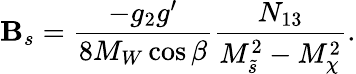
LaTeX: \mathbf{B}_{s}=\frac{{-g_{2}g^{\prime}}}{{8M_{W}\cos\beta}}\frac{{N_{13}}}{{M_{\tilde{{s}}}^{2}-M_{\chi}^{2}}}.